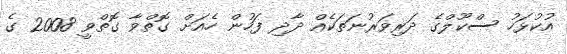
އުކުޅަހު ސްކޫލްގެ ދަރިވަރުނަތަކެއް ދާދި ފަހުން ހެއަށް ގޮތްވާ ގޮތްވީ 2008 ގެ